Malaria in the Duars
Disease focus: Malaria
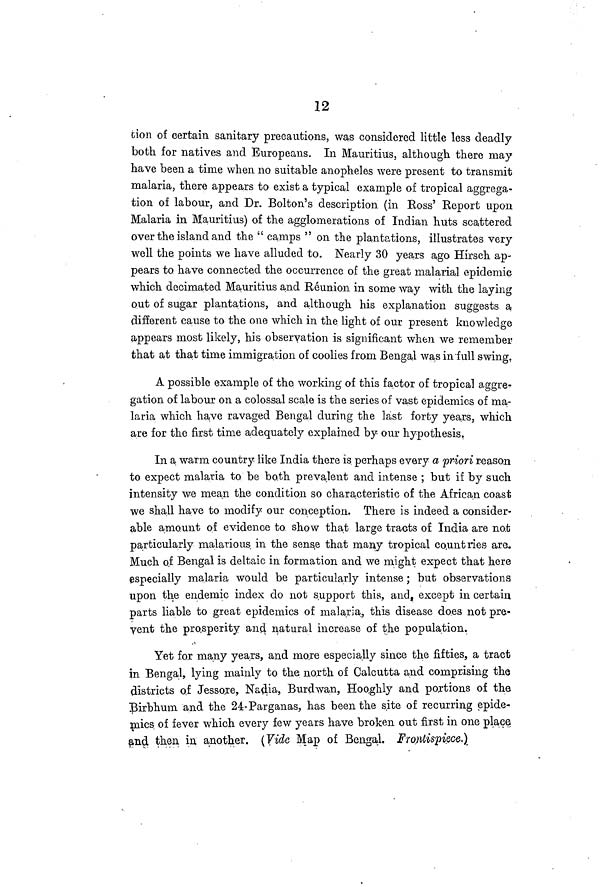
12
tion of certain sanitary precautions, was considered little less deadly
both for natives and Europeans. In Mauritius, although there may
have been a time when no suitable anopheles were present to transmit
malaria, there appears to exist a typical example of tropical aggrega-
tion of labour, and Dr. Bolton's description (in Ross' Report upon
Malaria in Mauritius) of the agglomerations of Indian huts scattered
over the island and the " camps " on the plantations, illustrates very
well the points we have alluded to. Nearly 30 years ago Hirsch ap-
pears to have connected the occurrence of the great malarial epidemic
which decimated Mauritius and Réunion in some way with the laying
out of sugar plantations, and although his explanation suggests a
different cause to the one which in the light of our present knowledge
appears most likely, his observation is significant when we remember
that at that time immigration of coolies from Bengal was in full swing.
A possible example of the working of this factor of tropical aggre-
gation of labour on a colossal scale is the series of vast epidemics of ma-
laria which have ravaged Bengal during the last forty years, which
are for the first time adequately explained by our hypothesis.
In a warm country like India there is perhaps every a priori reason
to expect malaria to be both prevalent and intense ; but if by such
intensity we mean the condition so characteristic of the African coast
we shall have to modify our conception. There is indeed a consider-
able amount of evidence to show that large tracts of India are not
particularly malarious in the sense that many tropical countries are.
Much of Bengal is deltaic in formation and we might expect that here
especially malaria would be particularly intense; but observations
upon the endemic index do not support this, and, except in certain,
parts liable to great epidemics of malaria, this disease does not pre-
yent the prosperity and. natural increase of the population.
Yet for many years, and more especially since the fifties, a tract
in Bengal, lying mainly to the north of Calcutta and comprising the
districts of Jessore, Nadia, Burdwan, Hooghly and portions of the
Birbhum and the 24-Parganas, has been the site of recurring epide-
mics of fever which every few years have broken out first in one place
and then in another. (Vide Map of Bengal. Frontispiece,)